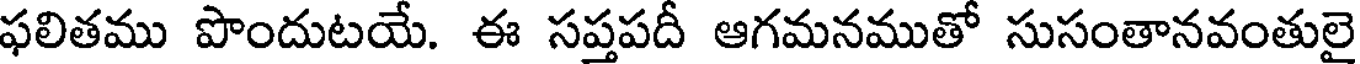
ఫలితము పొందుటయే. ఈ సప్తపదీ ఆగమనముతో సుసంతానవంతులై